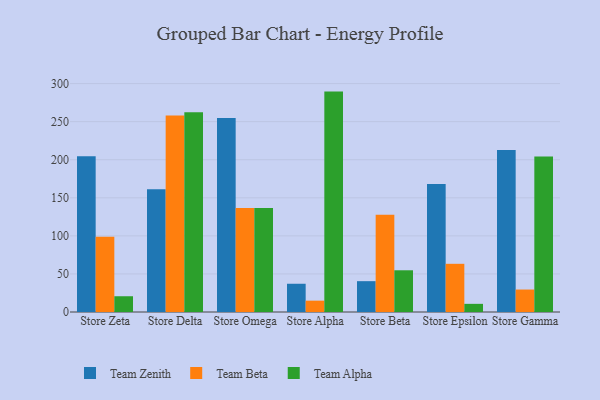
{"axis": {"x": "Store", "y": "Tickets Resolved"}, "legend": ["Team Alpha", "Team Beta", "Team Zenith"], "data": [{"x": "Store Zeta", "y": 204.5, "type": "Team Zenith"}, {"x": "Store Zeta", "y": 98.7, "type": "Team Beta"}, {"x": "Store Zeta", "y": 20.7, "type": "Team Alpha"}, {"x": "Store Delta", "y": 161.2, "type": "Team Zenith"}, {"x": "Store Delta", "y": 258.1, "type": "Team Beta"}, {"x": "Store Delta", "y": 262.4, "type": "Team Alpha"}, {"x": "Store Omega", "y": 254.9, "type": "Team Zenith"}, {"x": "Store Omega", "y": 136.6, "type": "Team Beta"}, {"x": "Store Omega", "y": 136.5, "type": "Team Alpha"}, {"x": "Store Alpha", "y": 37.1, "type": "Team Zenith"}, {"x": "Store Alpha", "y": 14.9, "type": "Team Beta"}, {"x": "Store Alpha", "y": 289.5, "type": "Team Alpha"}, {"x": "Store Beta", "y": 40.5, "type": "Team Zenith"}, {"x": "Store Beta", "y": 127.6, "type": "Team Beta"}, {"x": "Store Beta", "y": 54.8, "type": "Team Alpha"}, {"x": "Store Epsilon", "y": 168.1, "type": "Team Zenith"}, {"x": "Store Epsilon", "y": 63.3, "type": "Team Beta"}, {"x": "Store Epsilon", "y": 10.7, "type": "Team Alpha"}, {"x": "Store Gamma", "y": 212.9, "type": "Team Zenith"}, {"x": "Store Gamma", "y": 29.5, "type": "Team Beta"}, {"x": "Store Gamma", "y": 204.3, "type": "Team Alpha"}]}